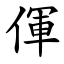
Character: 㑮